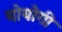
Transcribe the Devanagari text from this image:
योयोगी